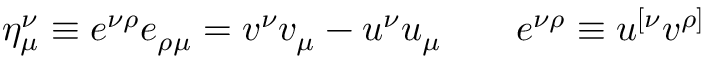
\eta _ { \mu } ^ { \nu } \equiv e ^ { \nu \rho } e _ { \rho \mu } = v ^ { \nu } v _ { \mu } - u ^ { \nu } u _ { \mu } \qquad e ^ { \nu \rho } \equiv u ^ { [ \nu } v ^ { \rho ] }